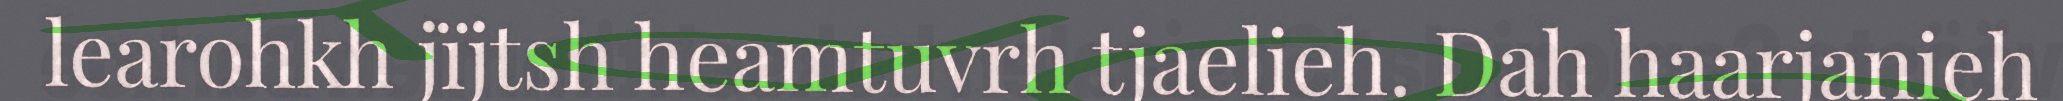
learohkh jïjtsh heamtuvrh tjaelieh. Dah haarjanieh